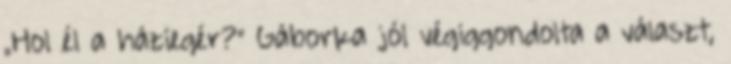
„Hol él a háziegér?” Gáborka jól végiggondolta a választ,